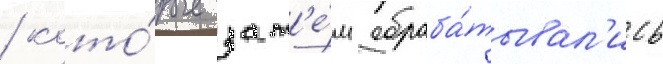
/ кото́рые зат'е́м обраба́тывал'ись